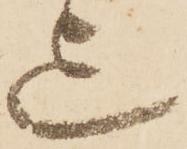
迄